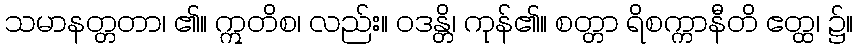
သမာနတ္တတာ၊ ၏။ ဣတိစ၊ လည်း။ ဝဒန္တိ၊ ကုန်၏။ စတ္တာ ရိစက္ကာနီတိ ဧတ္ထ၊ ၌။